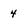
Character: 4